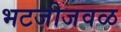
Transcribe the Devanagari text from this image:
भटजीजवळ